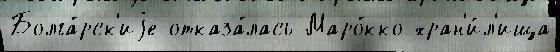
Болга́рск'иjе отказа́лась Маро́кко хран'и́л'ища